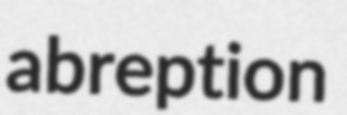
abreption